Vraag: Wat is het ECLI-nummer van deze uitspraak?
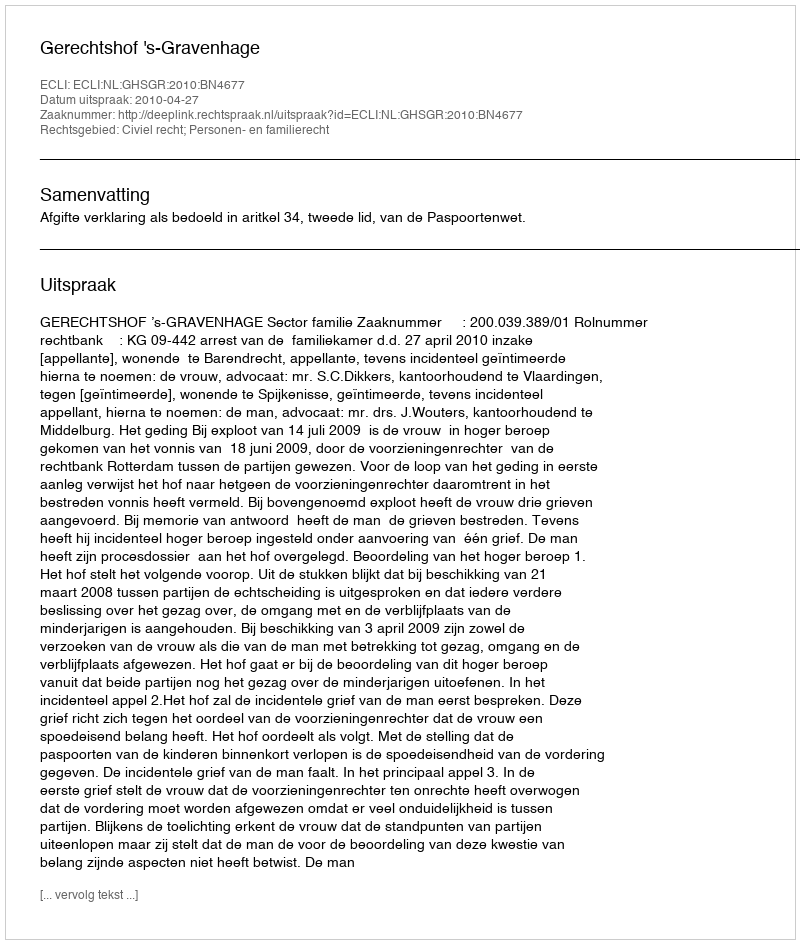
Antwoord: ECLI:NL:GHSGR:2010:BN4677